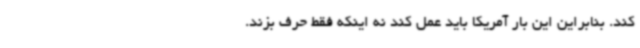
کند. بنابراین این بار آمریکا باید عمل کند نه اینکه فقط حرف بزند.